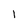
Character: 1